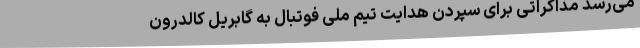
می‌رسد مذاکراتی برای سپردن هدایت تیم ملی فوتبال به گابریل کالدرون